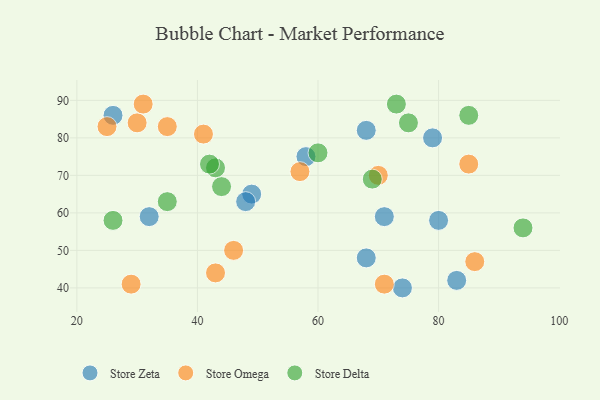
{"axis": {"x": "GDP", "y": "Life Expectancy"}, "legend": ["Store Delta", "Store Omega", "Store Zeta"], "data": [{"x": "74", "y": 40, "type": "Store Zeta"}, {"x": "83", "y": 42, "type": "Store Zeta"}, {"x": "26", "y": 86, "type": "Store Zeta"}, {"x": "68", "y": 48, "type": "Store Zeta"}, {"x": "71", "y": 59, "type": "Store Zeta"}, {"x": "58", "y": 75, "type": "Store Zeta"}, {"x": "68", "y": 82, "type": "Store Zeta"}, {"x": "32", "y": 59, "type": "Store Zeta"}, {"x": "79", "y": 80, "type": "Store Zeta"}, {"x": "49", "y": 65, "type": "Store Zeta"}, {"x": "80", "y": 58, "type": "Store Zeta"}, {"x": "48", "y": 63, "type": "Store Zeta"}, {"x": "25", "y": 83, "type": "Store Omega"}, {"x": "30", "y": 84, "type": "Store Omega"}, {"x": "71", "y": 41, "type": "Store Omega"}, {"x": "43", "y": 44, "type": "Store Omega"}, {"x": "85", "y": 73, "type": "Store Omega"}, {"x": "31", "y": 89, "type": "Store Omega"}, {"x": "46", "y": 50, "type": "Store Omega"}, {"x": "29", "y": 41, "type": "Store Omega"}, {"x": "86", "y": 47, "type": "Store Omega"}, {"x": "70", "y": 70, "type": "Store Omega"}, {"x": "35", "y": 83, "type": "Store Omega"}, {"x": "57", "y": 71, "type": "Store Omega"}, {"x": "41", "y": 81, "type": "Store Omega"}, {"x": "43", "y": 72, "type": "Store Delta"}, {"x": "85", "y": 86, "type": "Store Delta"}, {"x": "42", "y": 73, "type": "Store Delta"}, {"x": "69", "y": 69, "type": "Store Delta"}, {"x": "94", "y": 56, "type": "Store Delta"}, {"x": "75", "y": 84, "type": "Store Delta"}, {"x": "60", "y": 76, "type": "Store Delta"}, {"x": "44", "y": 67, "type": "Store Delta"}, {"x": "26", "y": 58, "type": "Store Delta"}, {"x": "35", "y": 63, "type": "Store Delta"}, {"x": "73", "y": 89, "type": "Store Delta"}]}